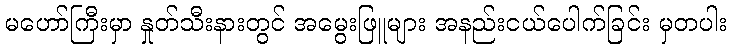
မဟော်ကြီးမှာ နှုတ်သီးနားတွင် အမွေးဖြူများ အနည်းငယ်ပေါက်ခြင်း မှတပါး